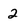
Character: 2